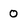
Character: 0